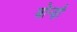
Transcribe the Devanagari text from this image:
बोन्ज़ी